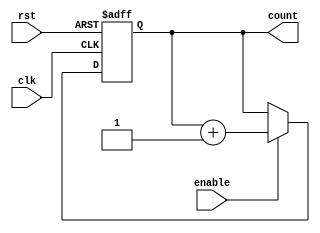
module binary_up_counter_with_enable (
    input wire clk,
    input wire rst,
    input wire enable,
    output reg [N-1:0] count
);

parameter N = 4; // Change N to desired number of bits in counter

always @ (posedge clk or posedge rst) begin
    if (rst) begin
        count <= 0;
    end else begin
        if (enable) begin
            count <= count + 1;
        end
    end
end

endmodule